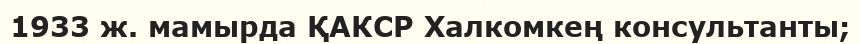
1933 ж. мамырда ҚАКСР Халкомкең консультанты;